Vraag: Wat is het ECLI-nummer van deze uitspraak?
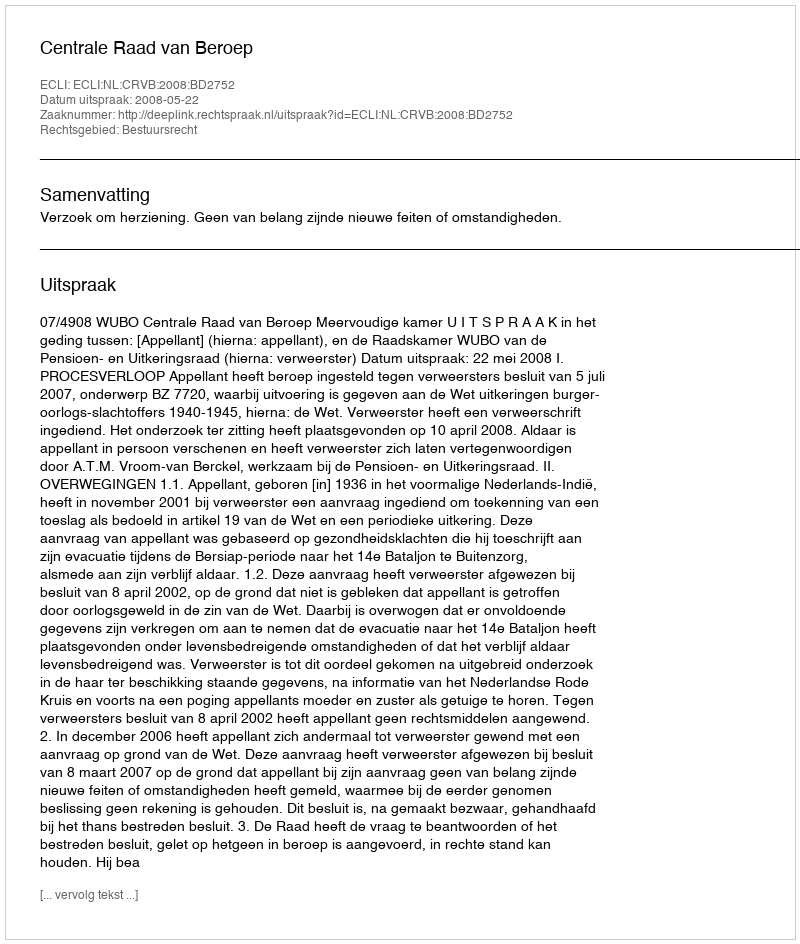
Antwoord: ECLI:NL:CRVB:2008:BD2752